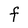
Character: F